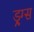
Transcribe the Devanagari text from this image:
ड्र्ग्स